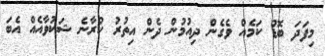
މިފަދަ ބޮޑު ކަމެއް ވެގެން ދިއުމުން ދެން އިތުރު ކުރާނެ ޝަކުވާއެއް އެބަ